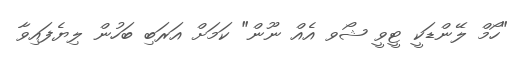
"ހޯމް ލޭންޑަކީ ޓީވީ ޝޯވ އެއް ނޫން" ކަމަށް އަރަބި ބަހުން ލިޔެފައިވާ